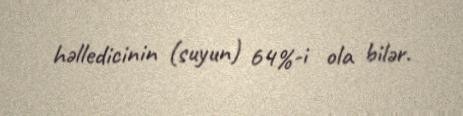
həlledicinin (suyun) 64%-i ola bilər.